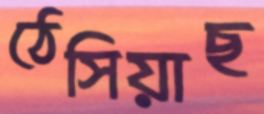
ঠেসিয়াছ